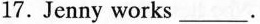
17.Jenny works___.